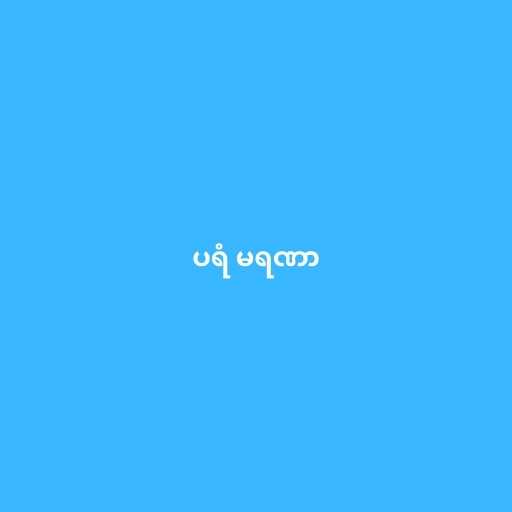
ပရံ မရဏာ